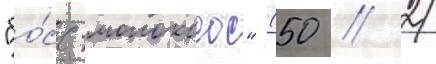
"бо́сс-молокосос" (50 / 2